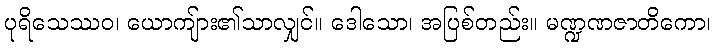
ပုရိသေဿဝ၊ ယောကျ်ား၏သာလျှင်။ ဒေါသော၊ အပြစ်တည်း။ မဏ္ဍဏဇာတိကော၊